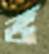
ভ